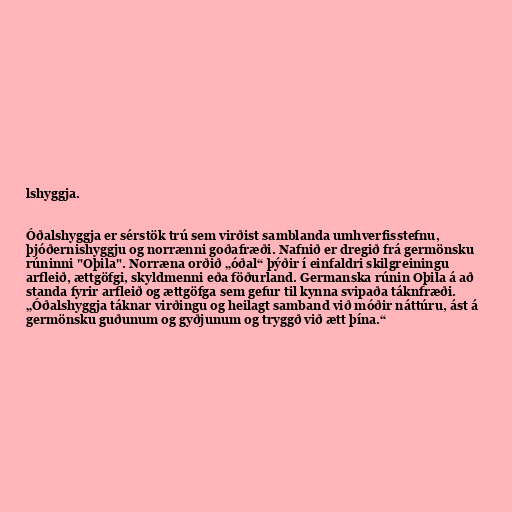
lshyggja.

Óðalshyggja er sérstök trú sem virðist samblanda umhverfisstefnu,
þjóðernishyggju og norrænni goðafræði. Nafnið er dregið frá germönsku
rúninni "Oþila". Norræna orðið „óðal“ þýðir í einfaldri skilgreiningu
arfleið, ættgöfgi, skyldmenni eða föðurland. Germanska rúnin Oþila á að
standa fyrir arfleið og ættgöfga sem gefur til kynna svipaða táknfræði.
„Óðalshyggja táknar virðingu og heilagt samband við móðir náttúru, ást á
germönsku guðunum og gyðjunum og tryggð við ætt þína.“